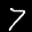
Label: 7